Civil Veterinary Department Bengal reports 1933-51 - 1933-1951
Year: 1933
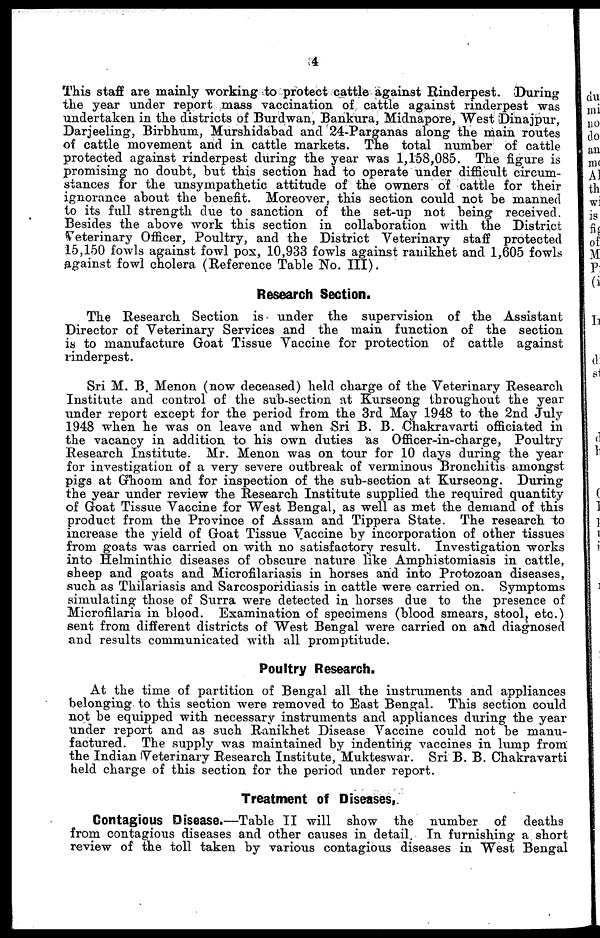
4
This staff are mainly working to protect cattle against Rinderpest. During
the year under report mass vaccination of cattle against rinderpest was
undertaken in the districts of Burdwan, Bankura, Midnapore, West Dinajpur,
Darjeeling, Birbhum, Murshidabad and 24-Parganas along the main routes
of cattle movement and in cattle markets. The total number of cattle
protected against rinderpest during the year was 1,158,085. The figure is
promising no doubt, but this section had to operate under difficult circum-
stances for the unsympathetic attitude of the owners of cattle for their
ignorance about the benefit. Moreover, this section could not be manned
to its full strength due to sanction of the set-up not being received.
Besides the above work this section in collaboration with the District
Veterinary Officer, Poultry, and the District Veterinary staff protected
15,150 fowls against fowl pox, 10,933 fowls against ranikhet and 1,605 fowls
against fowl cholera (Reference Table No. III).
Research Section.
The Research Section is under the supervision of the Assistant
Director of Veterinary Services and the main function of the section
is to manufacture Goat Tissue Vaccine for protection of cattle against
rinderpest.
Sri M. B. Menon (now deceased) held charge of the Veterinary Research
Institute and control of the sub-section at Kurseong throughout the year
under report except for the period from the 3rd May 1948 to the 2nd July
1948 when he was on leave and when Sri B. B. Chakravarti officiated in
the vacancy in addition to his own duties as Officer-in-charge, Poultry
Research Institute. Mr. Menon was on tour for 10 days during the year
for investigation of a very severe outbreak of verminous Bronchitis amongst
pigs at Ghoom and for inspection of the sub-section at Kurseong. During
the year under review the Research Institute supplied the required quantity
of Goat Tissue Vaccine for West Bengal, as well as met the demand of this
product from the Province of Assam and Tippera State. The research to
increase the yield of Goat Tissue Vaccine by incorporation of other tissues
from goats was carried on with no satisfactory result. Investigation works
into Helminthic diseases of obscure nature like Amphistomiasis in cattle,
sheep and goats and Microfilariasis in horses and into Protozoan diseases,
such as Thilariasis and Sarcosporidiasis in cattle were carried on. Symptoms
simulating those of Surra were detected in horses due to the presence of
Microfilaria in blood. Examination of specimens (blood smears, stool, etc.)
sent from different districts of West Bengal were carried on and diagnosed
and results communicated with all promptitude.
Poultry Research.
At the time of partition of Bengal all the instruments and appliances
belonging to this section were removed to East Bengal. This section could
not be equipped with necessary instruments and appliances during the year
under report and as such Ranikhet Disease Vaccine could not be manu-
factured. The supply was maintained by indenting vaccines in lump from
the Indian Veterinary Research Institute, Mukteswar. Sri B. B. Chakravarti
held charge of this section for the period under report.
Treatment of Diseases,
Contagious Disease.—Table II will show the number of deaths
from contagious diseases and other causes in detail. In furnishing a short
review of the toll taken by various contagious diseases in West Bengal